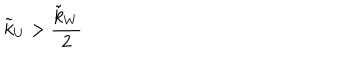
\tilde { k } _ { U } > \frac { \tilde { k } _ { W } } { 2 }